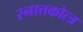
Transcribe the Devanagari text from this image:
स्नात्तकोत्त्र